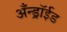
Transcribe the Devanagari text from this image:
अँन्ड्रॉईड